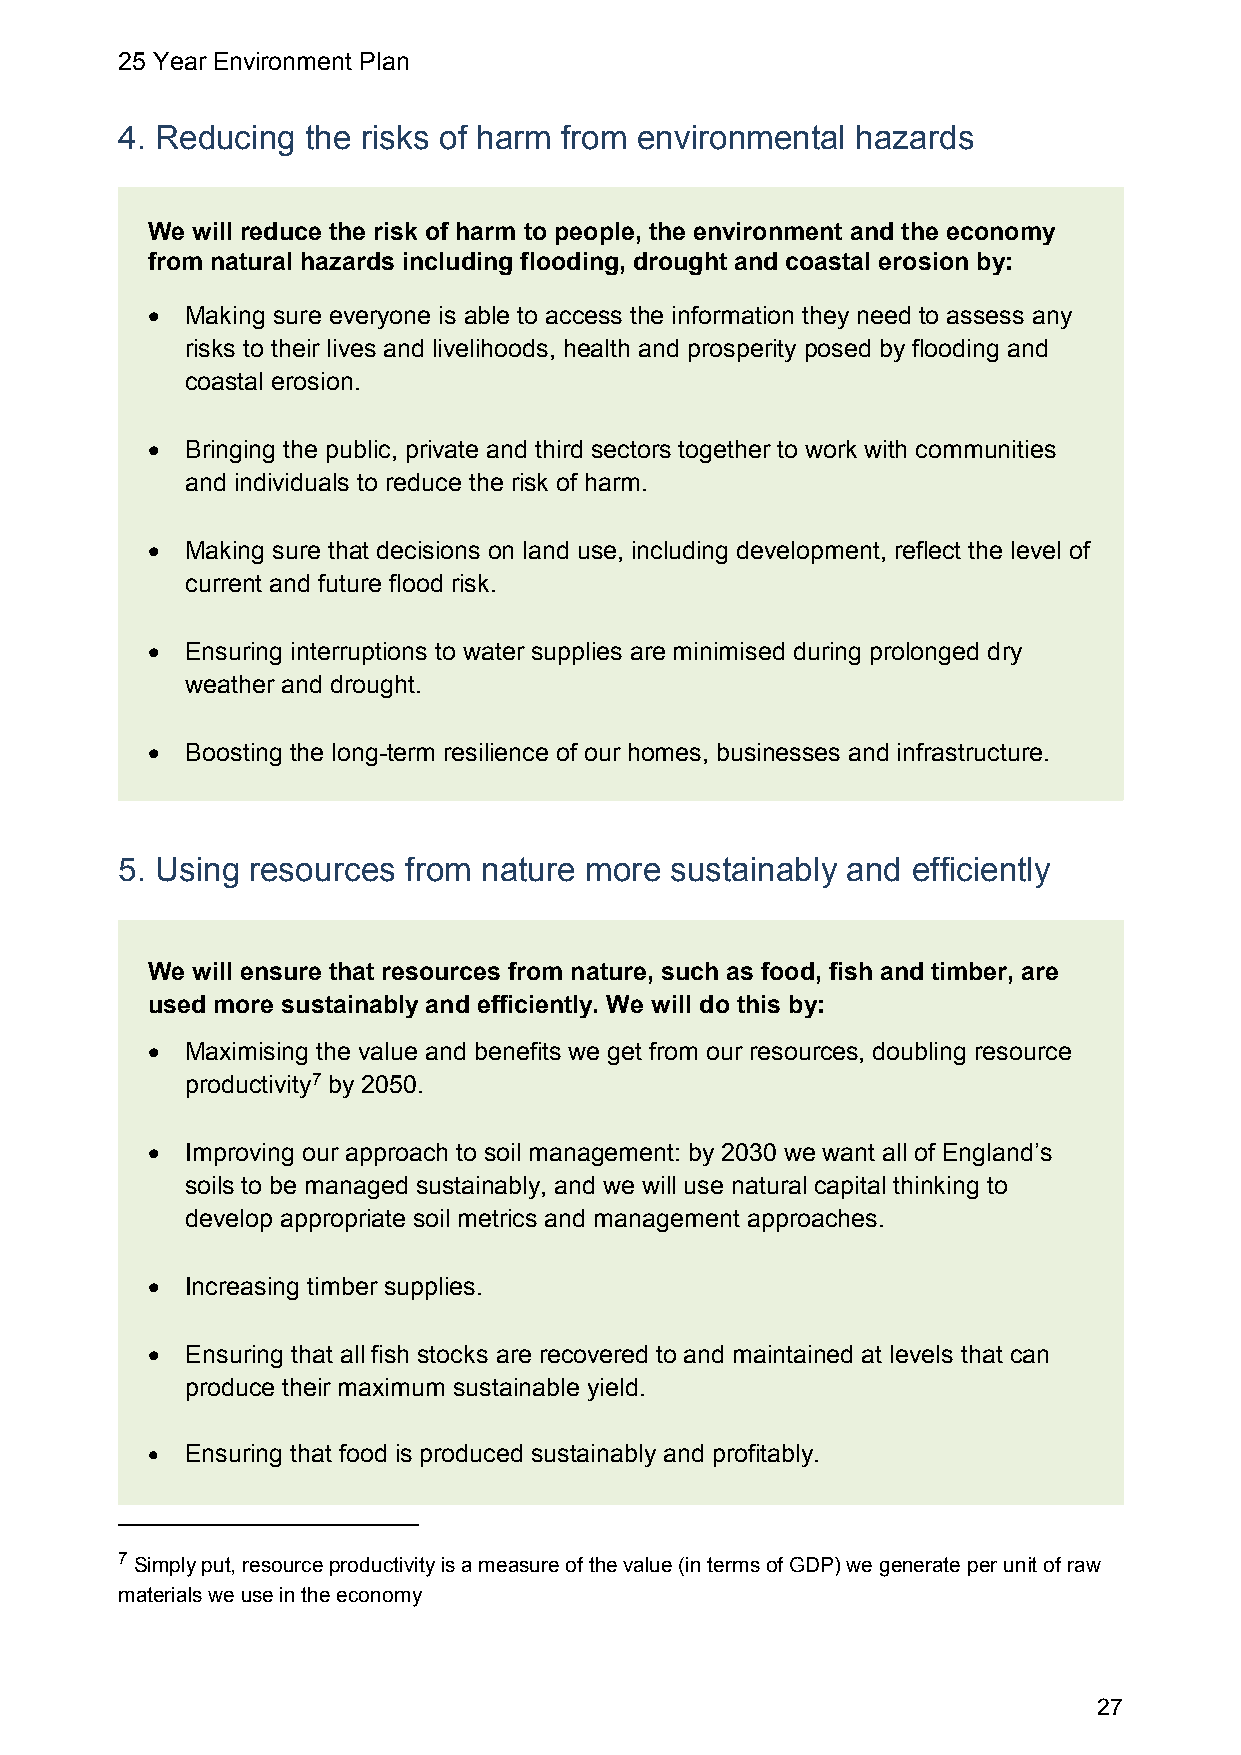
25 Year Environment Plan
 4. Reducing the risks of harm from environmental hazards
 We will reduce the risk of harm to people, the environment and the economy
 from natural hazards including flooding, drought and coastal erosion by:
  Making sure everyone is able to access the information they need to assess any
 risks to their lives and livelihoods, health and prosperity posed by flooding and
 coastal erosion.
  Bringing the public, private and third sectors together to work with communities
 and individuals to reduce the risk of harm.
  Making sure that decisions on land use, including development, reflect the level of
 current and future flood risk.
  Ensuring interruptions to water supplies are minimised during prolonged dry
 weather and drought.
  Boosting the long-term resilience of our homes, businesses and infrastructure.
 5. Using resources from nature more sustainably and efficiently
 We will ensure that resources from nature, such as food, fish and timber, are
 used more sustainably and efficiently. We will do this by:
  Maximising the value and benefits we get from our resources, doubling resource
 productivity7 by 2050.
  Improving our approach to soil management: by 2030 we want all of England’s
 soils to be managed sustainably, and we will use natural capital thinking to
 develop appropriate soil metrics and management approaches.
  Increasing timber supplies.
  Ensuring that all fish stocks are recovered to and maintained at levels that can
 produce their maximum sustainable yield.
  Ensuring that food is produced sustainably and profitably.
 7 Simply put, resource productivity is a measure of the value (in terms of GDP) we generate per unit of raw
 materials we use in the economy
 27